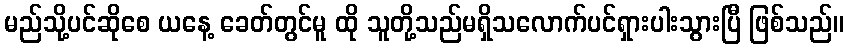
မည်သို့ပင်ဆိုစေ ယနေ့ ခေတ်တွင်မူ ထို သူတို့သည်မရှိသလောက်ပင်ရှားပါးသွားပြီ ဖြစ်သည်။